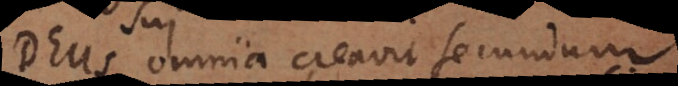
Deus omnia creavit secundum